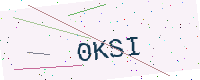
Text: 0KSI